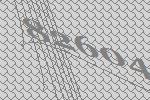
82604